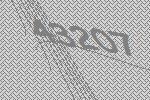
43207